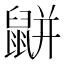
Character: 𪕒